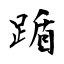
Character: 踲